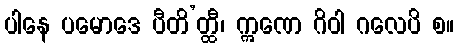
ပါနေ ပမောဒေ ပီတိ’တ္ထီ၊ ဣဏေ ဂိဝါ ဂလေပိ စ။